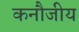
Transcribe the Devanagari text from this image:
कनौजीय